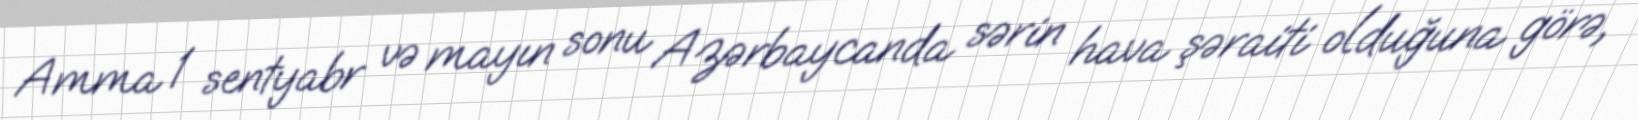
Amma 1 sentyabr və mayın sonu Azərbaycanda sərin hava şəraiti olduğuna görə,